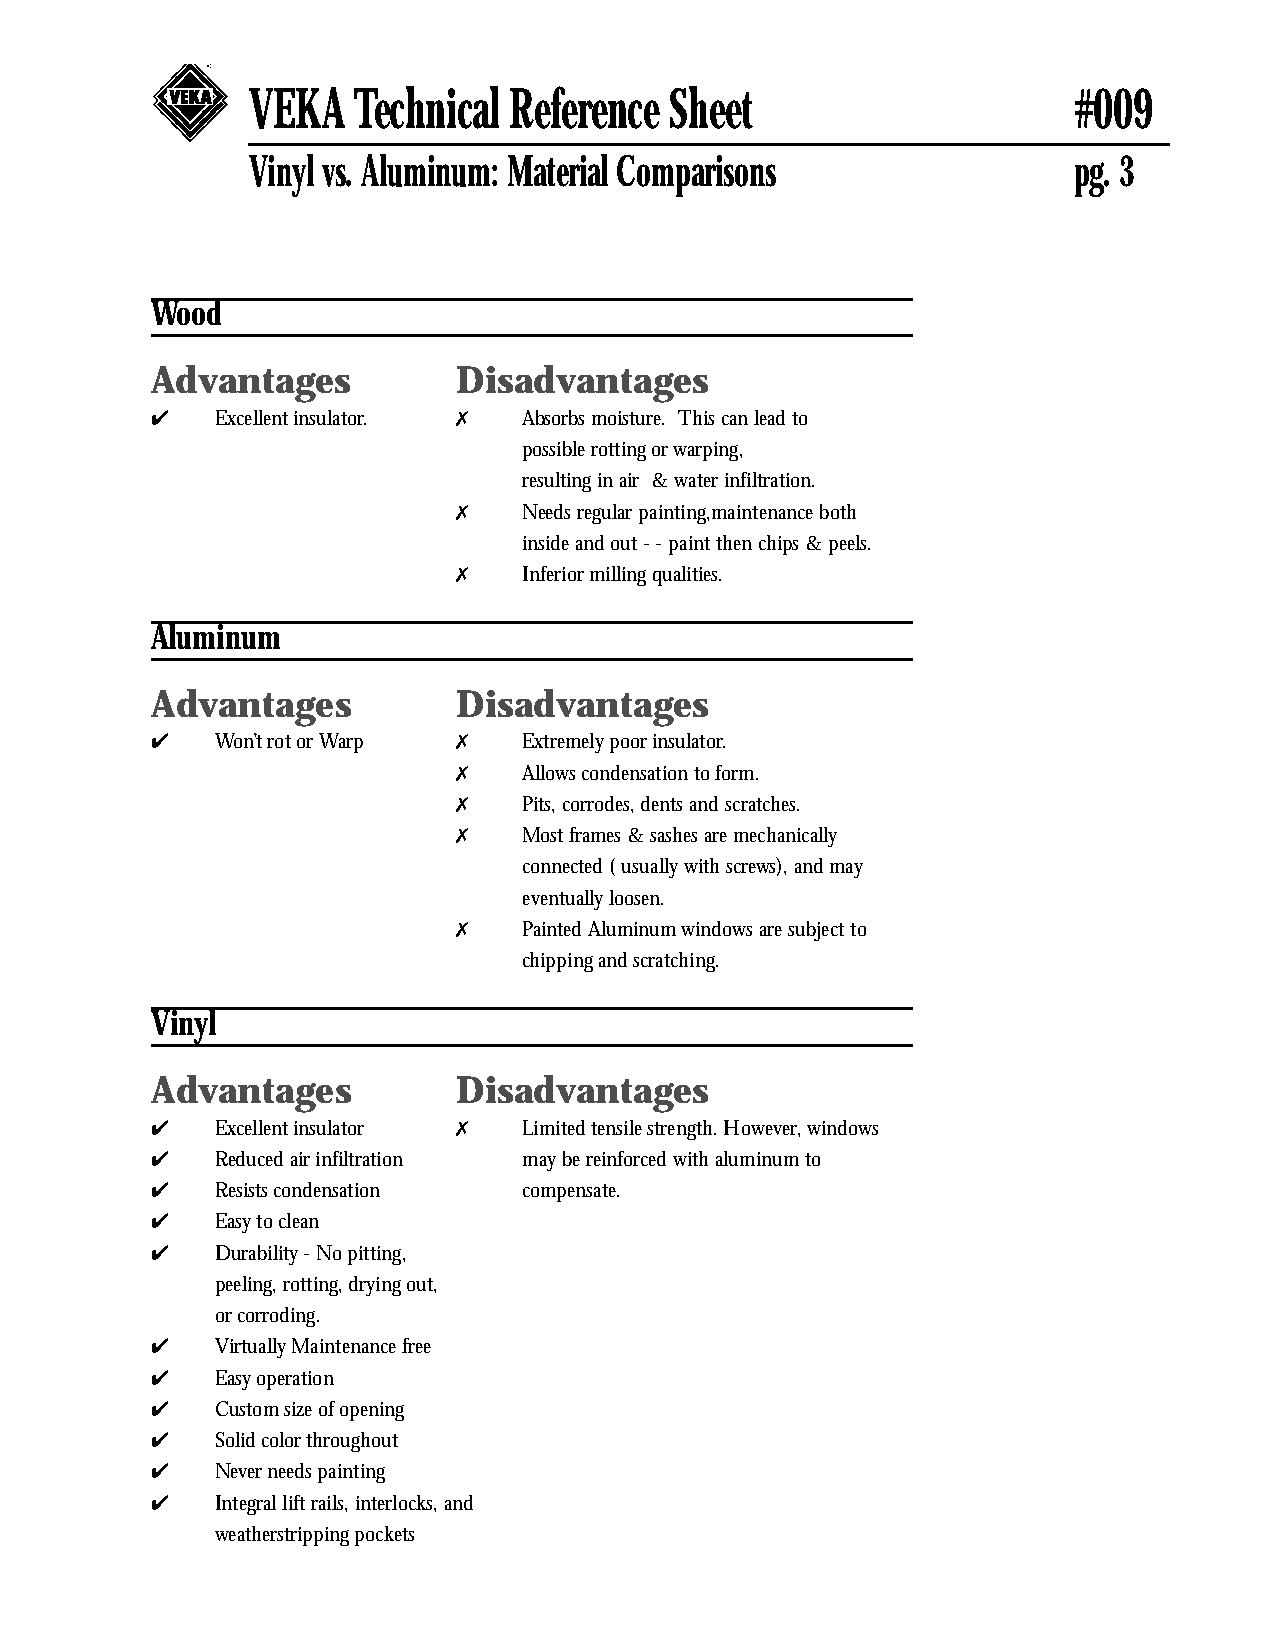
VEKA   Technical  Reference Sheet                      #009
 Vinyl vs. Aluminum: Material Comparisons               pg. 3
 Wood
 Advantages          Disadvantages
 4   Excellent insulator. 7 Absorbs moisture. This can lead to
 possible rotting or warping,
 resulting in air & water infiltration.
 7    Needs regular painting,maintenance both
 inside and out - - paint then chips & peels.
 7    Inferior milling qualities.
 Aluminum
 Advantages          Disadvantages
 4   Won’t rot or Warp 7  Extremely poor insulator.
 7    Allows condensation to form.
 7    Pits, corrodes, dents and scratches.
 7    Most frames & sashes are mechanically
 connected ( usually with screws), and may
 eventually loosen.
 7    Painted Aluminum windows are subject to
 chipping and scratching.
 Vinyl
 Advantages          Disadvantages
 4   Excellent insulator 7 Limited tensile strength. However, windows
 4   Reduced air infiltration may be reinforced with aluminum to
 4   Resists condensation compensate.
 4   Easy to clean
 4   Durability - No pitting,
 peeling, rotting, drying out,
 or corroding.
 4   Virtually Maintenance free
 4   Easy operation
 4   Custom size of opening
 4   Solid color throughout
 4   Never needs painting
 4   Integral lift rails, interlocks, and
 weatherstripping pockets